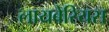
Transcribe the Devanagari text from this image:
लायबेरियस